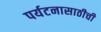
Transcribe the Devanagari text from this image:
पर्यटनासाठीची